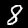
Label: 8